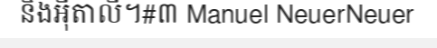
និងអ៊ីតាលី។#៣ Manuel NeuerNeuer